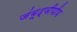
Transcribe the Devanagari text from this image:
जंबूद्वीपीय